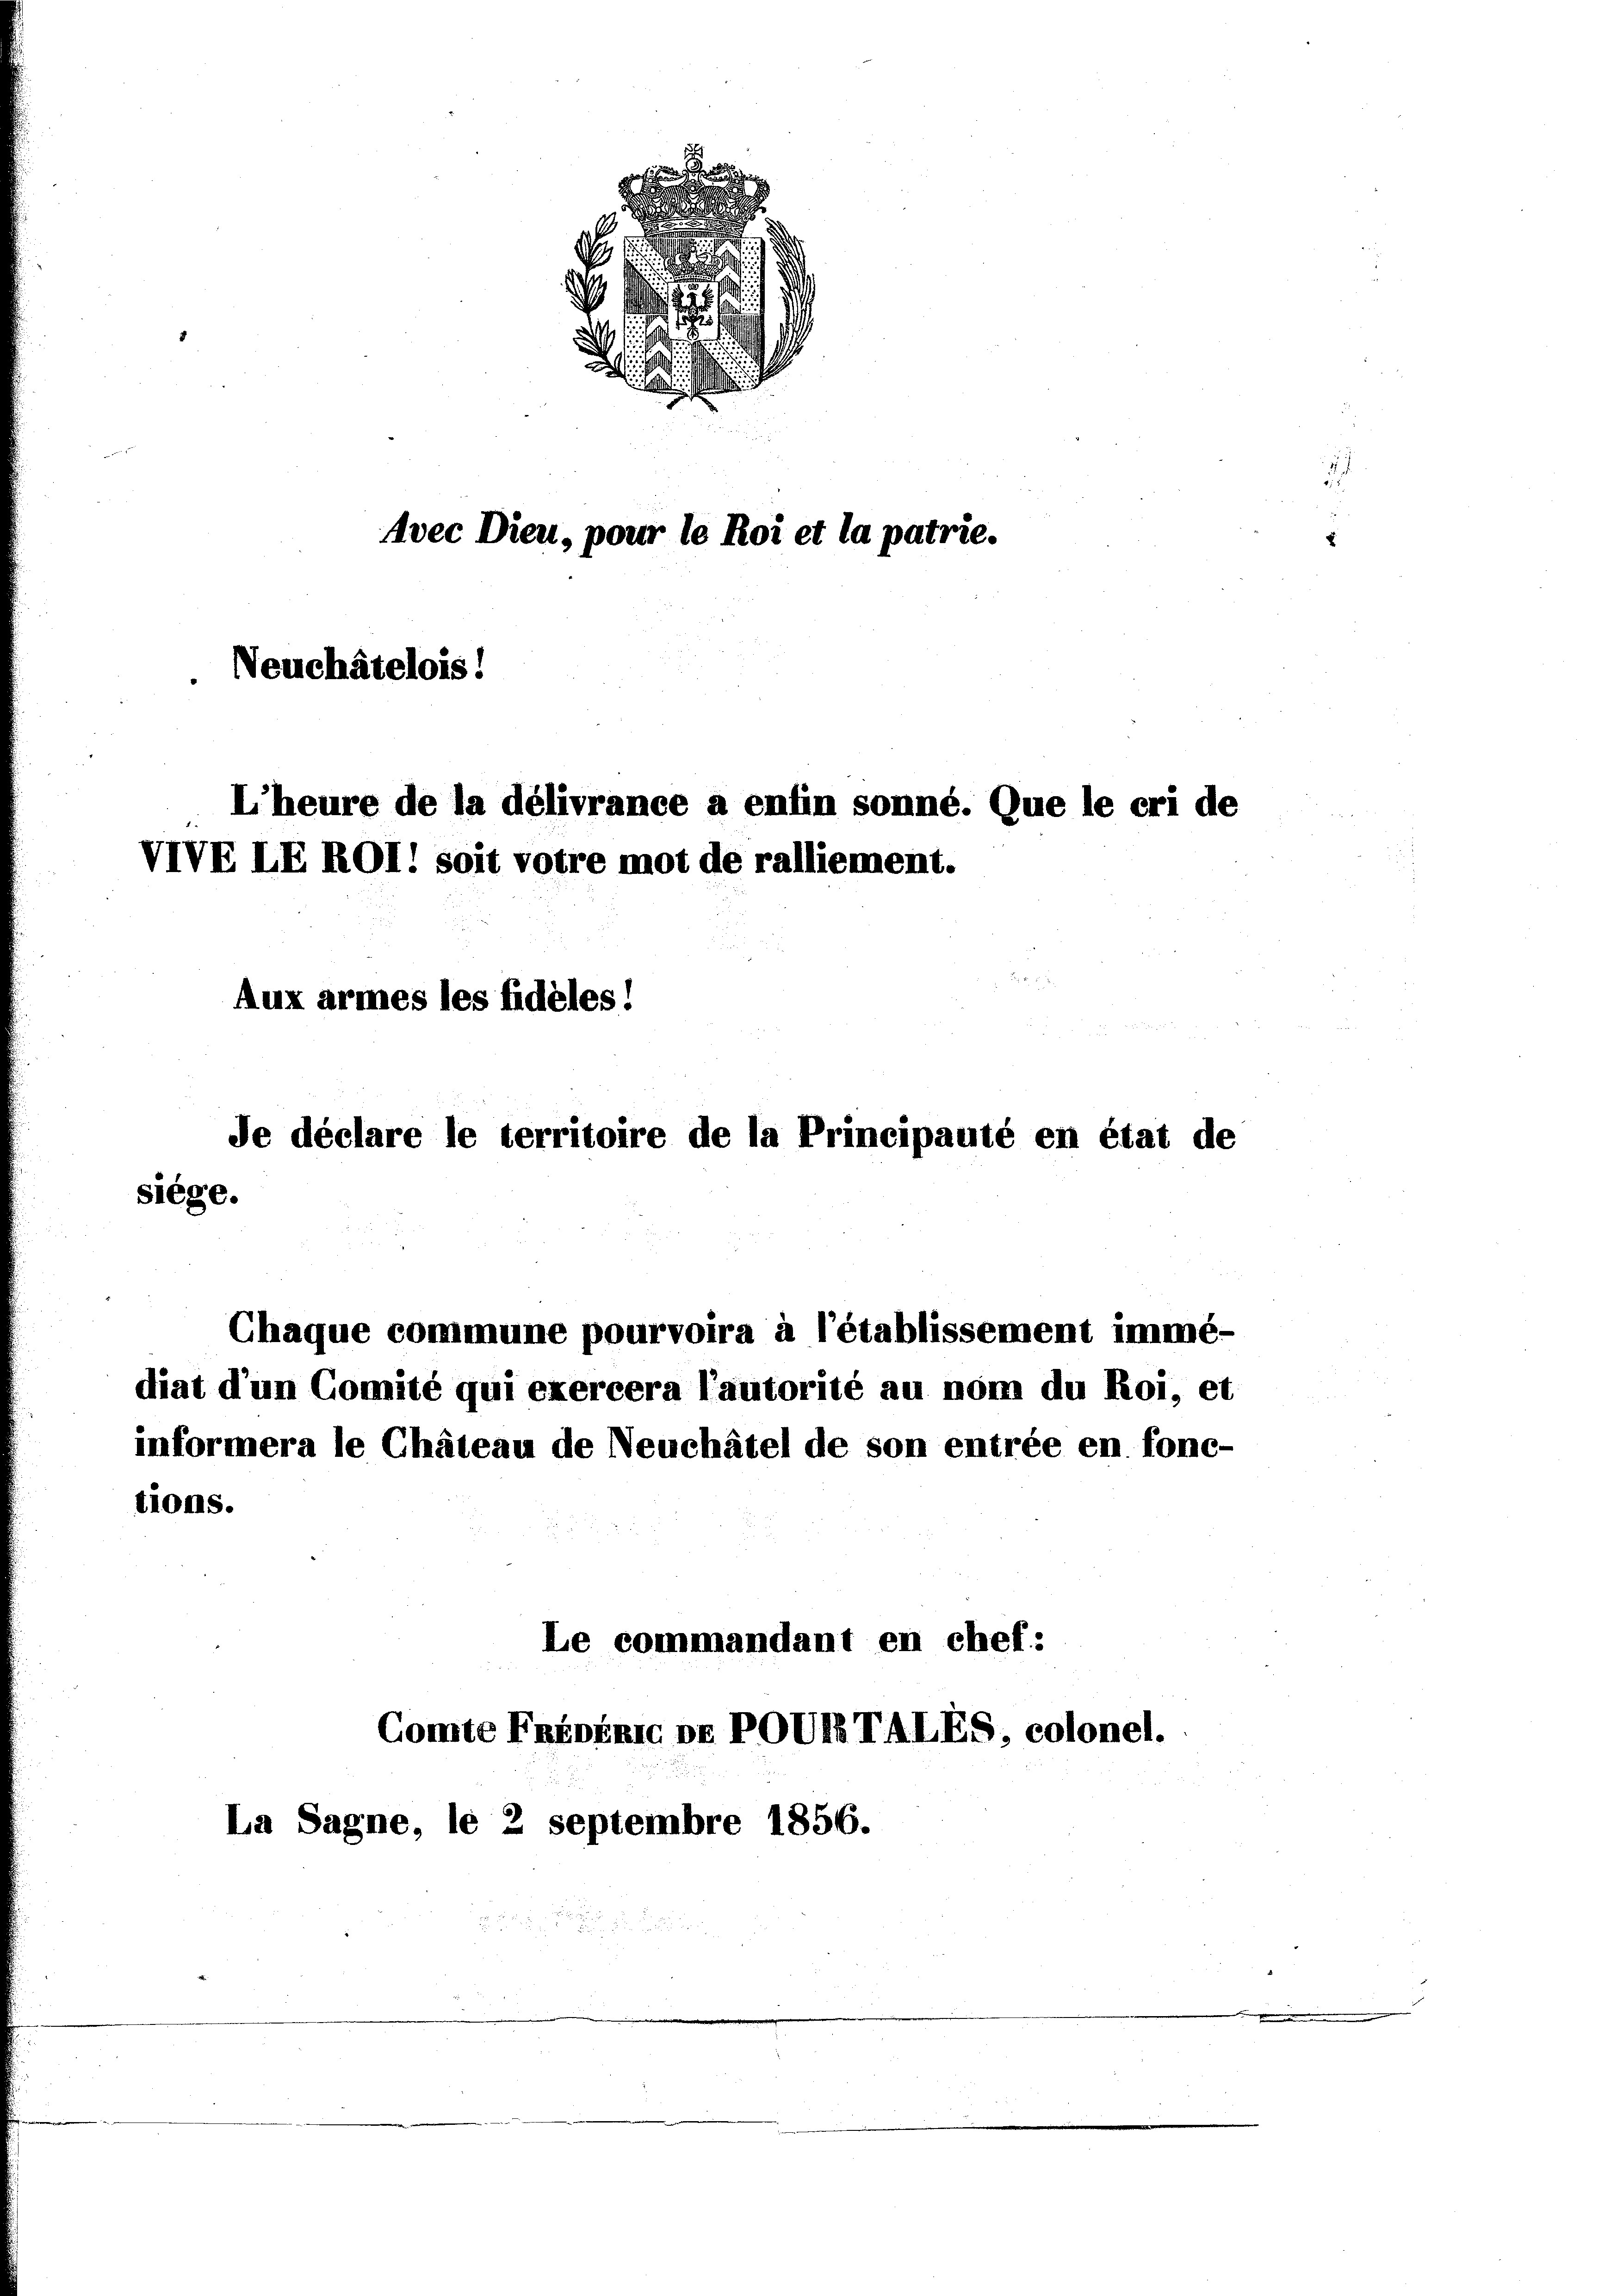
s
s
u
.
di
.
Avec Dien, pour le Roi et la patrie.
. Neuchâtelois!
L’heure de la délivrance a enfin sonné. Que le cri de
VIVELEROl! soit votre mot de ralliement.
Aux armes les fidèles!
Je déclare le territoire de la Principauté en état de
siege.

tions.

Chaque commune pourvoira à l’établissement immé-
Le commandant en chef:
Comte Priminic pr POURTALES, colonel.

diat d’un Comité qui exercera l’autorité au nom du Roi, et
informera le Chateau de Neuchâtel de son entrée en fonc-

La Sagne, le 2 septembre 1856.